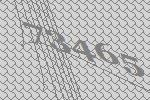
73465